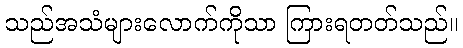
သည်အသံများလောက်ကိုသာ ကြားရတတ်သည်။